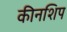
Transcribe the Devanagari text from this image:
कीनशिप